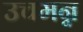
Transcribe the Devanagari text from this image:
उचमन्न